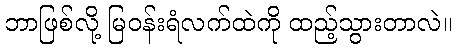
ဘာဖြစ်လို့ မြဝန်းရံလက်ထဲကို ထည့်သွားတာလဲ။